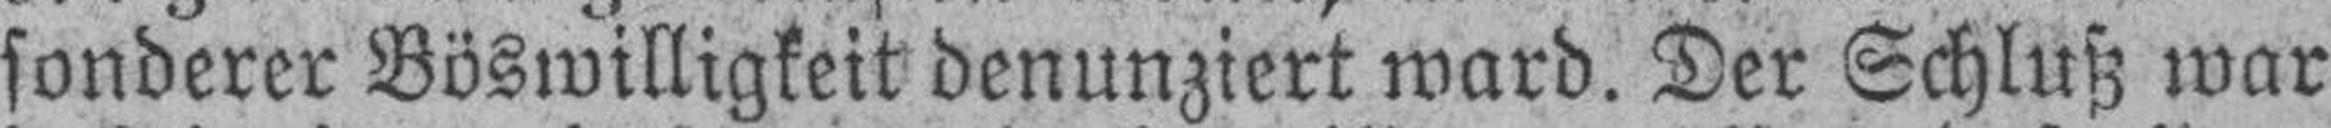
sonderer Böswilligkeit denunziert ward. Der Schluß war